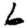
Digit: 6